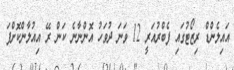
އައިލެންޑް ރިޒޯޓުގައި ފެބްރުއަރީ 12 ވަނަ ދުވަހު އޮންނާނެ ކަން ރޭ އިއުލާންކޮށްފަ